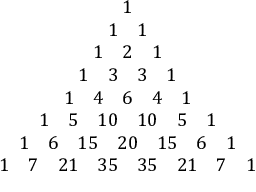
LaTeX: \begin{array} { c } { 1 } \\ { 1 \quad 1 } \\ { 1 \quad 2 \quad 1 } \\ { 1 \quad 3 \quad 3 \quad 1 } \\ { 1 \quad 4 \quad 6 \quad 4 \quad 1 } \\ { 1 \quad 5 \quad 1 0 \quad 1 0 \quad 5 \quad 1 } \\ { 1 \quad 6 \quad 1 5 \quad 2 0 \quad 1 5 \quad 6 \quad 1 } \\ { 1 \quad 7 \quad 2 1 \quad 3 5 \quad 3 5 \quad 2 1 \quad 7 \quad 1 } \end{array}